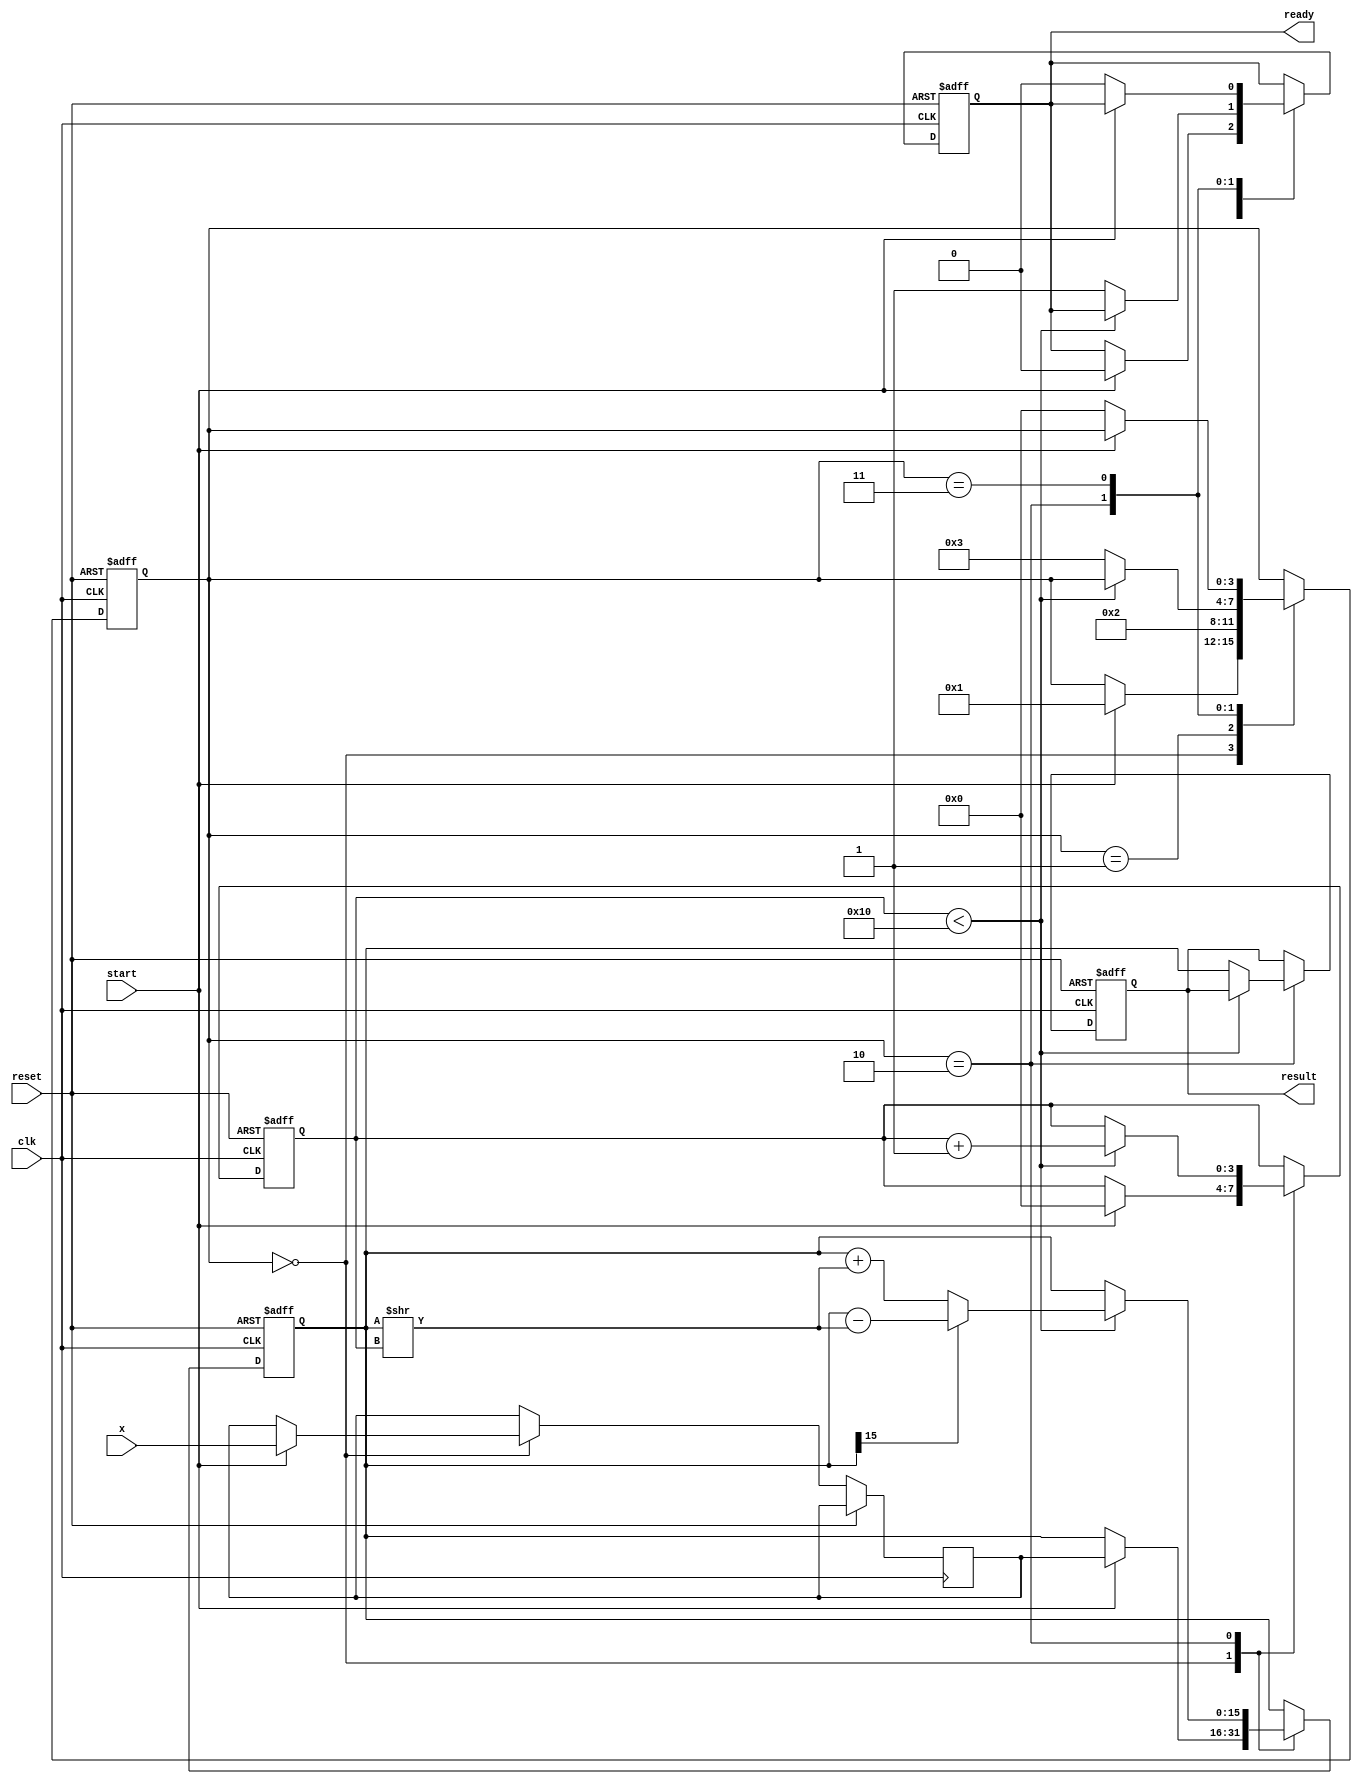
module cordic_reciprocal #(
    parameter N = 16, // Number of bits for fixed-point representation
    parameter ITERATIONS = 16 // Number of CORDIC iterations
)(
    input wire clk,
    input wire reset,
    input wire start,
    input wire [N-1:0] x,
    output reg [N-1:0] result,
    output reg ready
);

    // Internal signals
    reg [N-1:0] z; // Current approximation of reciprocal
    reg [N-1:0] x_reg; // Input register
    reg [3:0] state; // State machine
    reg [3:0] iteration_count; // Iteration counter
    reg [N-1:0] angle; // Angle for CORDIC rotation
    reg [N-1:0] angle_table [0:ITERATIONS-1]; // Angle lookup table

    // Initialize angle table for CORDIC
    initial begin
        angle_table[0] = 16'h1C71; // atan(2^-0)
        angle_table[1] = 16'h0D8E; // atan(2^-1)
        angle_table[2] = 16'h05A8; // atan(2^-2)
        angle_table[3] = 16'h0282; // atan(2^-3)
        angle_table[4] = 16'h0141; // atan(2^-4)
        angle_table[5] = 16'h00A0; // atan(2^-5)
        angle_table[6] = 16'h0050; // atan(2^-6)
        angle_table[7] = 16'h0028; // atan(2^-7)
        angle_table[8] = 16'h0014; // atan(2^-8)
        angle_table[9] = 16'h000A; // atan(2^-9)
        angle_table[10] = 16'h0005; // atan(2^-10)
        angle_table[11] = 16'h0002; // atan(2^-11)
        angle_table[12] = 16'h0001; // atan(2^-12)
        angle_table[13] = 16'h0001; // atan(2^-13)
        angle_table[14] = 16'h0000; // atan(2^-14)
        angle_table[15] = 16'h0000; // atan(2^-15)
    end

    // State machine
    localparam IDLE = 0, INIT = 1, ITERATE = 2, DONE = 3;

    always @(posedge clk or posedge reset) begin
        if (reset) begin
            state <= IDLE;
            result <= 0;
            ready <= 0;
            iteration_count <= 0;
            z <= 0;
        end else begin
            case (state)
                IDLE: begin
                    if (start) begin
                        x_reg <= x;
                        z <= {1'b0, x_reg}; // Initial approximation
                        iteration_count <= 0;
                        state <= INIT;
                        ready <= 0;
                    end
                end

                INIT: begin
                    // Start the CORDIC iterations
                    state <= ITERATE;
                end

                ITERATE: begin
                    if (iteration_count < ITERATIONS) begin
                        // CORDIC rotation logic
                        if (z[N-1] == 1'b0) begin
                            z <= z + (z >> iteration_count); // Add
                        end else begin
                            z <= z - (z >> iteration_count); // Subtract
                        end
                        iteration_count <= iteration_count + 1;
                    end else begin
                        // Finished iterations
                        result <= z; // Final result
                        ready <= 1;
                        state <= DONE;
                    end
                end

                DONE: begin
                    if (!start) begin
                        state <= IDLE; // Go back to idle
                        ready <= 0; // Reset ready signal
                    end
                end
            endcase
        end
    end

endmodule